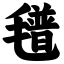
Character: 氆